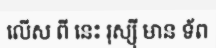
លើស ពី នេះ រុស្ស៊ី មាន ទ័ព